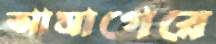
আমাগেরে